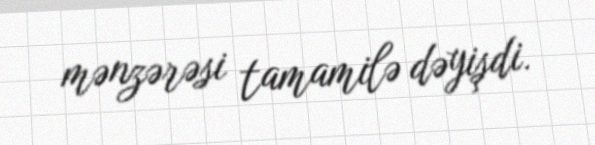
mənzərəsi tamamilə dəyişdi.